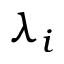
\lambda _ { i }